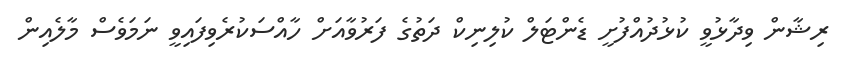
ރިޝާން ވިދާޅުވީ ކުޅުދުއްފުށީ ޑެންޓަލް ކުލިނިކް ދަތުގެ ފަރުވާއަށް ހާއްސަކުރެވިފައިވީ ނަމަވެސް މާލެއިން